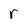
Character: r